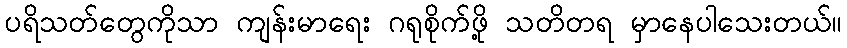
ပရိသတ်တွေကိုသာ ကျန်းမာရေး ဂရုစိုက်ဖို့ သတိတရ မှာနေပါသေးတယ်။